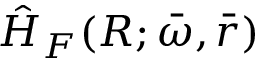
\hat { H } _ { F } ( R ; \bar { \omega } , \bar { r } )